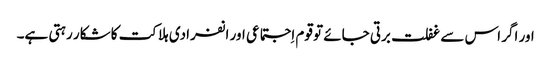
اور اگر اس سے غفلت برتی جائے تو قوم اِجتماعی اور انفرادی ہلاکت کا شکار رہتی ہے۔